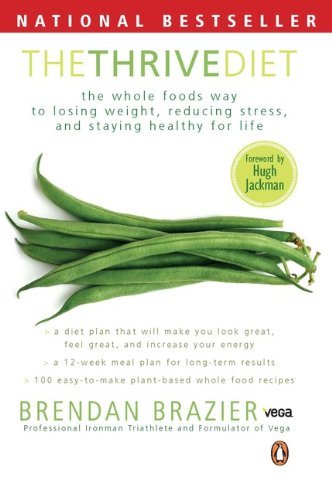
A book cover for Thrive Diet (Paperback); Brendan Brazier; Health, Fitness & Dieting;